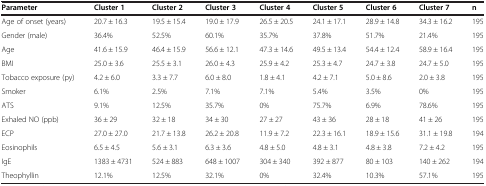
<table><thead><tr><td><b>Parameter</b></td><td><b>Cluster 1</b></td><td><b>Cluster 2</b></td><td><b>Cluster 3</b></td><td><b>Cluster 4</b></td><td><b>Cluster 5</b></td><td><b>Cluster 6</b></td><td><b>Cluster 7</b></td><td><b>n</b></td></tr></thead><tbody><tr><td>Age of onset (years)</td><td>20.7 ± 16.3</td><td>19.5 ± 15.4</td><td>19.0 ± 17.9</td><td>26.5 ± 20.5</td><td>24.1 ± 17.1</td><td>28.9 ± 14.8</td><td>34.3 ± 16.2</td><td>195</td></tr><tr><td>Gender (male)</td><td>36.4%</td><td>52.5%</td><td>60.1%</td><td>35.7%</td><td>37.8%</td><td>51.7%</td><td>21.4%</td><td>195</td></tr><tr><td>Age</td><td>41.6 ± 15.9</td><td>46.4 ± 15.9</td><td>56.6 ± 12.1</td><td>47.3 ± 14.6</td><td>49.5 ± 13.4</td><td>54.4 ± 12.4</td><td>58.9 ± 16.4</td><td>195</td></tr><tr><td>BMI</td><td>25.0 ± 3.6</td><td>25.5 ± 3.1</td><td>26.0 ± 4.3</td><td>25.9 ± 4.2</td><td>25.3 ± 4.7</td><td>24.7 ± 3.8</td><td>24.7 ± 5.0</td><td>195</td></tr><tr><td>Tobacco exposure (py)</td><td>4.2 ± 6.0</td><td>3.3 ± 7.7</td><td>6.0 ± 8.0</td><td>1.8 ± 4.1</td><td>4.2 ± 7.1</td><td>5.0 ± 8.6</td><td>2.0 ± 3.8</td><td>195</td></tr><tr><td>Smoker</td><td>6.1%</td><td>2.5%</td><td>7.1%</td><td>7.1%</td><td>5.4%</td><td>3.5%</td><td>0%</td><td>195</td></tr><tr><td>ATS</td><td>9.1%</td><td>12.5%</td><td>35.7%</td><td>0%</td><td>75.7%</td><td>6.9%</td><td>78.6%</td><td>195</td></tr><tr><td>Exhaled NO (ppb)</td><td>36 ± 29</td><td>32 ± 18</td><td>34 ± 30</td><td>27 ± 27</td><td>43 ± 36</td><td>28 ± 18</td><td>41 ± 26</td><td>195</td></tr><tr><td>ECP</td><td>27.0 ± 27.0</td><td>21.7 ± 13.8</td><td>26.2 ± 20.8</td><td>11.9 ± 7.2</td><td>22.3 ± 16.1</td><td>18.9 ± 15.6</td><td>31.1 ± 19.8</td><td>194</td></tr><tr><td>Eosinophils</td><td>6.5 ± 4.5</td><td>5.6 ± 3.1</td><td>6.3 ± 3.6</td><td>4.8 ± 5.0</td><td>4.8 ± 3.1</td><td>4.8 ± 3.8</td><td>7.2 ± 4.2</td><td>195</td></tr><tr><td>IgE</td><td>1383 ± 4731</td><td>524 ± 883</td><td>648 ± 1007</td><td>304 ± 340</td><td>392 ± 877</td><td>80 ± 103</td><td>140 ± 262</td><td>194</td></tr><tr><td>Theophyllin</td><td>12.1%</td><td>12.5%</td><td>32.1%</td><td>0%</td><td>32.4%</td><td>10.3%</td><td>57.1%</td><td>195</td></tr></tbody></table>